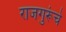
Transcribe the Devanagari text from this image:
राजगुरूंचे